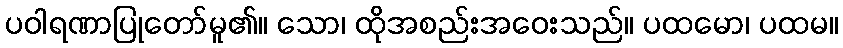
ပဝါရဏာပြုတော်မူ၏။ သော၊ ထိုအစည်းအဝေးသည်။ ပထမော၊ ပထမ။